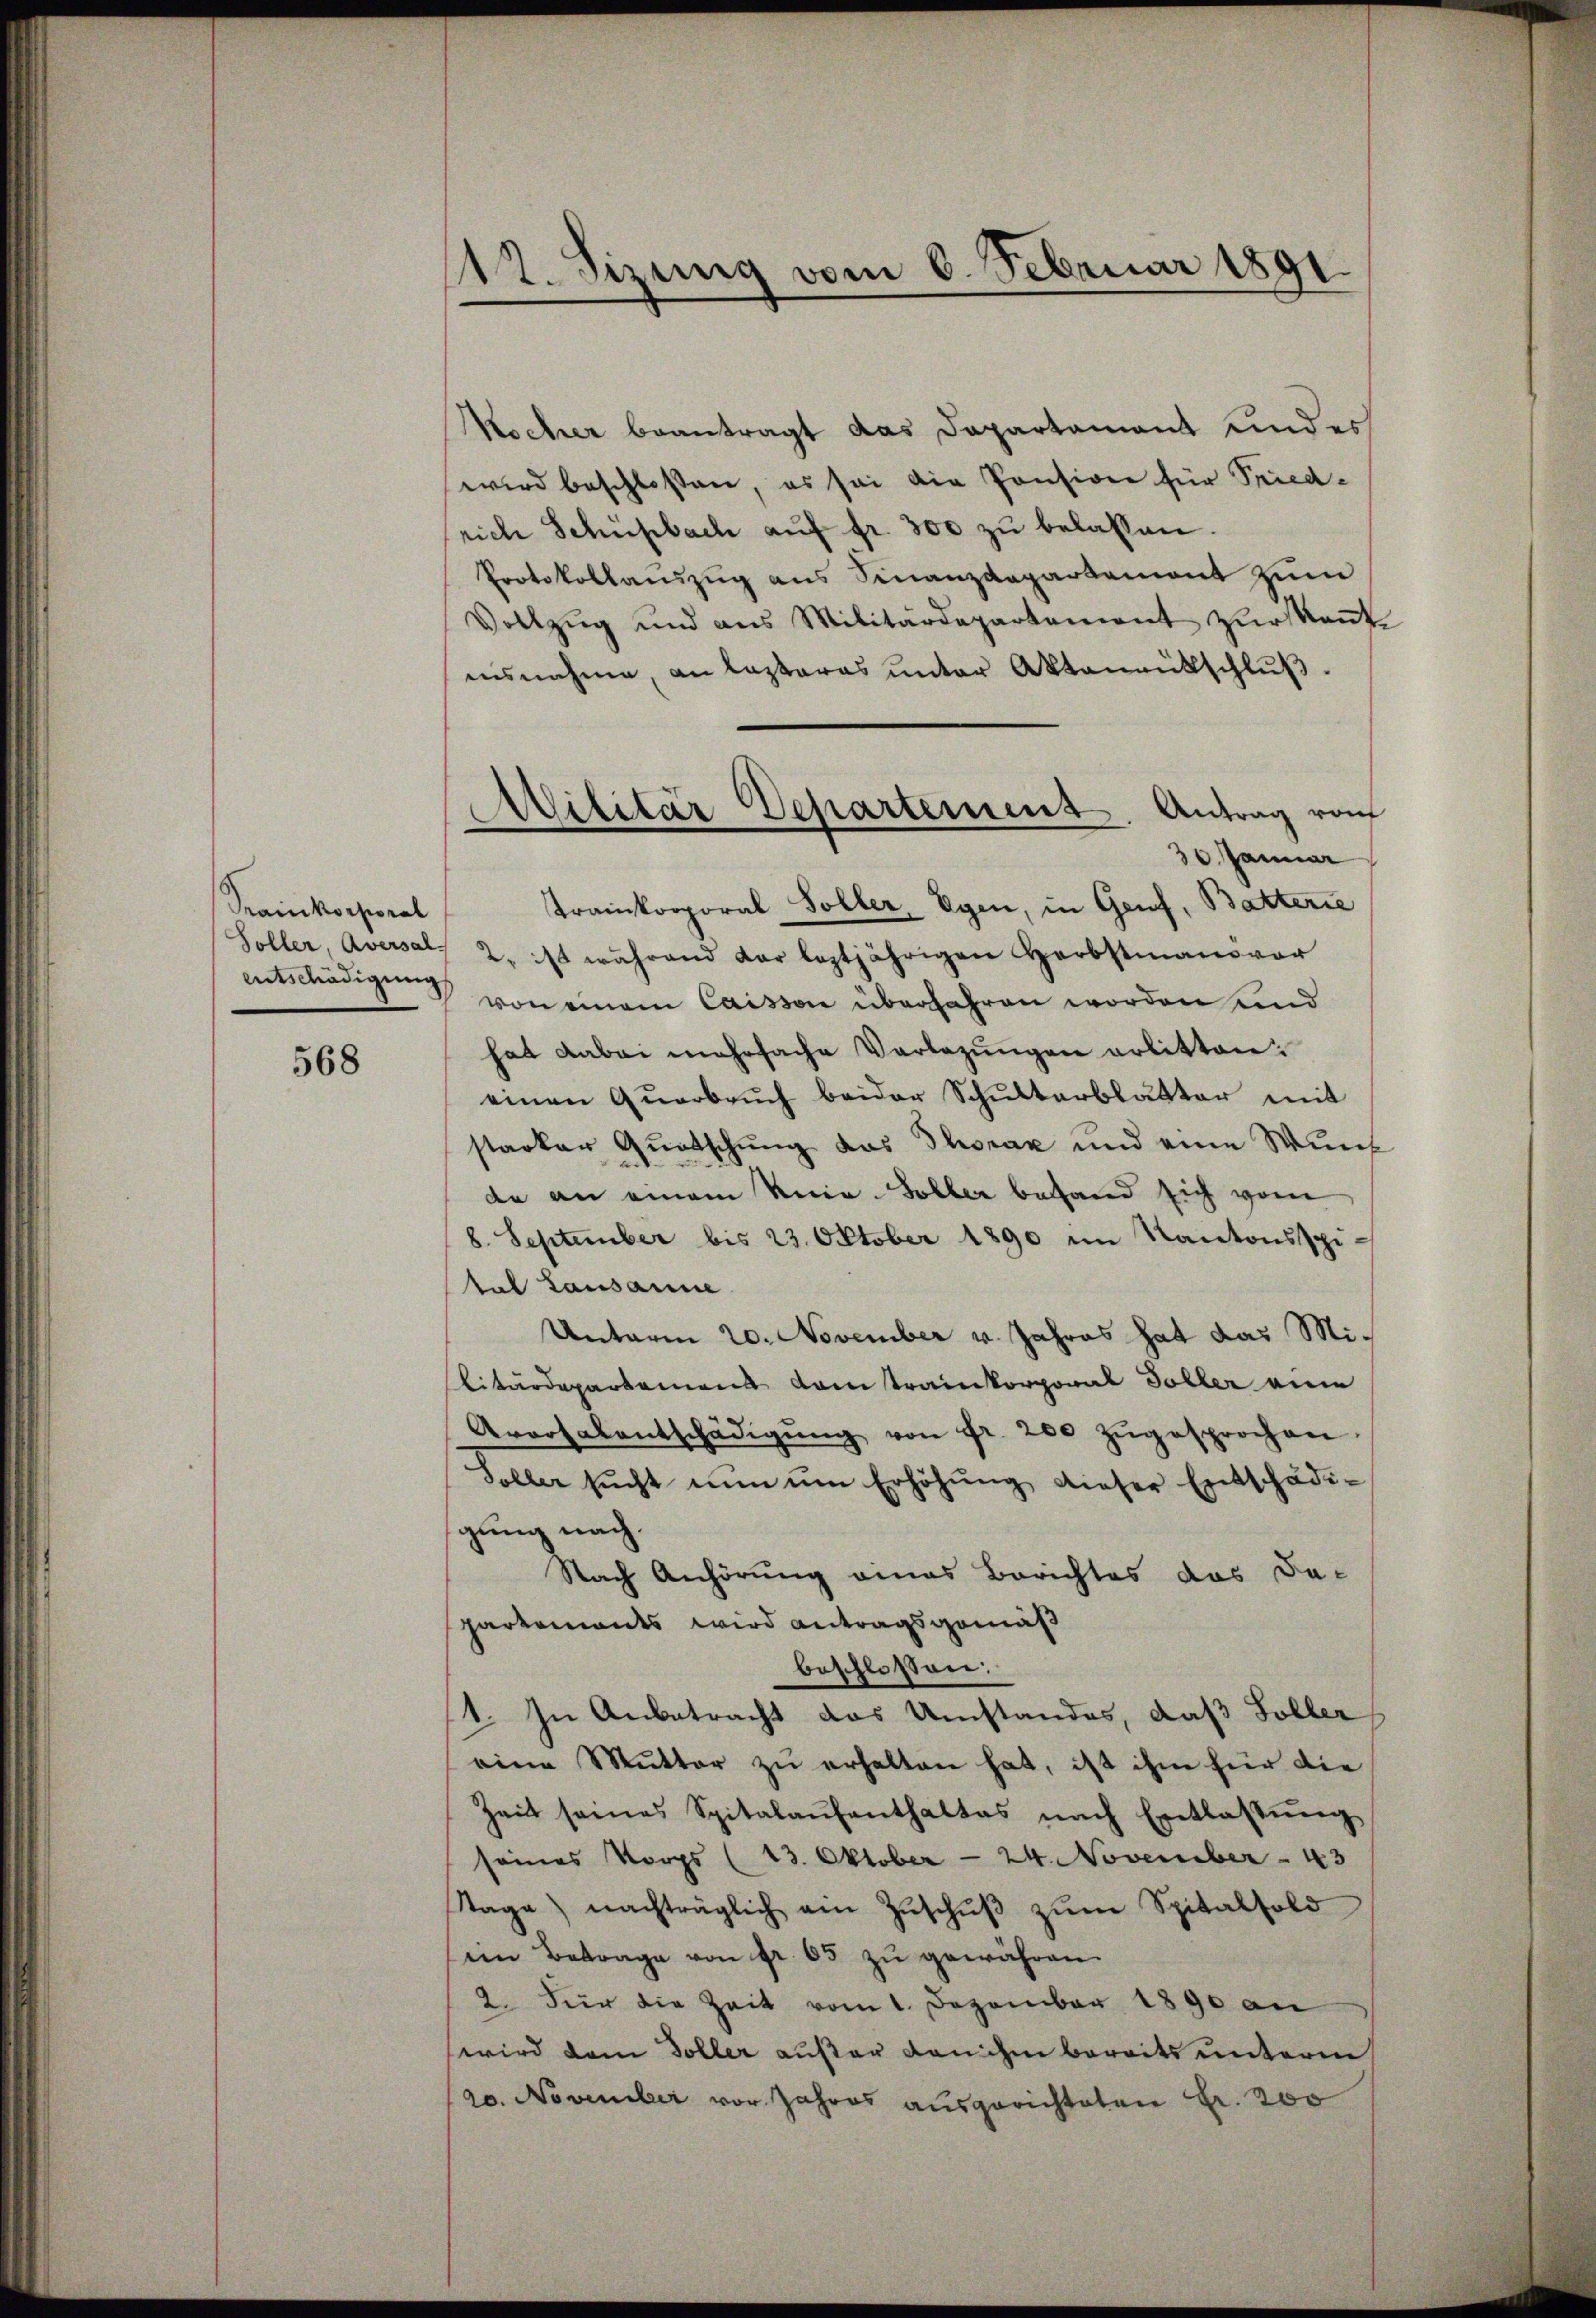
Tramikorporal
Anschädigung

568

112. Sizung vom 6. Februar 1891

Kocher beantragt das Dapartament Kindes
wird beschloßen, es sei die Pension für Friedrich Schüpbach aŭf fr. 300 zŭ belassen.
Protokollauszug aus Finanzdepartement zum
Vollzŭg und ans Militärdepartement zŭr Keṅt-
isnahme, an lasteras ŭnter Aktenentschlŭβ.
30. Januar
Trankorporal Soller, Egen, in Genf, Batterie
Soller, Aversal. 2. ist während dar leztjährigen Herbstmaṅsvor
von einem Caisson überfahren worden und
hat dabei mehrfache Vorlegŭngen erlitten:
einen Qŭarbrŭch beider Schŭltarblätter mit
starker Quatschung das Thorax und eine Wuns
de an einem Knia-Soller behand sich vom
8. September bis 23. Oktober 1890 im Kantonsspital Lausanne
Unterm 20. November v. Jahres hat das Mi¬
Bitärdepartement vom traikorporal Soller eine
Arorsalentschädigŭng von Fr. 200 zŭgesprochen.
Soller sŭcht nŭn ŭm Erhöhŭng dieser Entschädi-
sgung nach.
Nach Anhörung eines Berichtes das Da-
partements wird antragsgemäß
beschlossen:
1. In Anbetracht das Umstandes, daß Soller
eine Mutter zŭ erhalten hat, ist ihm für die
Zeit seines Spitalaŭfenthaltes nach Entlassŭng
seines Korps (13. Oktober - 24. November - 43
Tage nachträglich ein Zŭschŭβ zŭm Spitalsold
ein Betrage von fr. 65 zŭ gewähren.
2. Für die Zeit vom 1. Dezember 1890 an
wird dem Toller außer dan ihn bereits unterm
20. November vor Jahres ausgerichteten Fr. 200

Militär Departement. Antrag vom